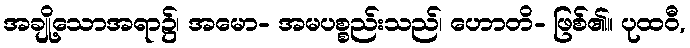
အချို့သောအရာ၌၊ အမော- အမပစ္စည်းသည်၊ ဟောတိ- ဖြစ်၏။ ပုထဝီ,